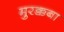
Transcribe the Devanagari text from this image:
मुरक्कबा